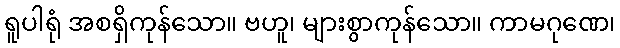
ရူပါရုံ အစရှိကုန်သော။ ဗဟူ၊ များစွာကုန်သော။ ကာမဂုဏေ၊